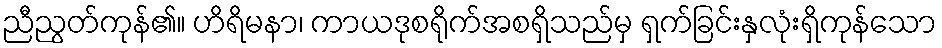
ညီညွတ်ကုန်၏။ ဟိရိမနာ၊ ကာယဒုစရိုက်အစရှိသည်မှ ရှက်ခြင်းနှလုံးရှိကုန်သော